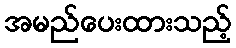
အမည်ပေးထားသည့်